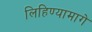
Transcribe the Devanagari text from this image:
लिहिण्यामागे